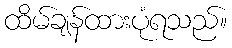
ထိမ်ချန်ထားပုံရသည်။